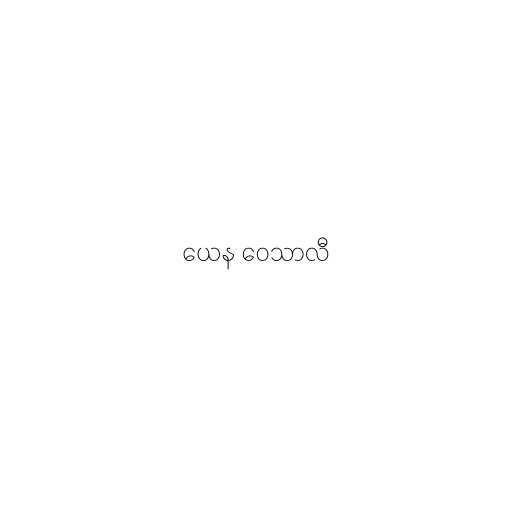
ယေန ဝေသာလီ